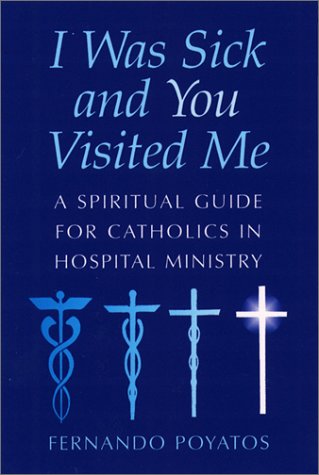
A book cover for I Was Sick and You Visited Me: A Spiritual Guide for Catholics in Hospital Ministry; Fernando Poyatos; Christian Books & Bibles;